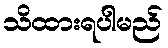
သိထားရပါမည်